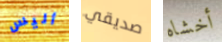
أليس صديقي أخشاه